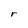
Character: r